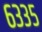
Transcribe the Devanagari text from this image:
६३३५